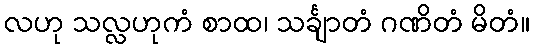
လဟု သလ္လဟုကံ စာထ၊ သင်္ချာတံ ဂဏိတံ မိတံ။